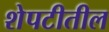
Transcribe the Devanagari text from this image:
शेपटीतील